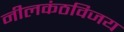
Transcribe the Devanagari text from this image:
नीलकंठविजय